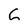
Character: C